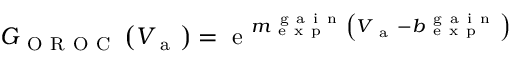
\begin{array} { r } { G _ { \mathrm { ~ O ~ R ~ O ~ C ~ } } \left( V _ { \mathrm { ~ a ~ } } \right) = \mathrm { ~ e ~ } ^ { m _ { \mathrm { ~ e ~ x ~ p ~ } } ^ { \mathrm { ~ g ~ a ~ i ~ n ~ } } \left( V _ { \mathrm { ~ a ~ } } - b _ { \mathrm { ~ e ~ x ~ p ~ } } ^ { \mathrm { ~ g ~ a ~ i ~ n ~ } } \right) } } \end{array}